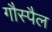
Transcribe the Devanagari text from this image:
गौस्पैल